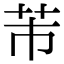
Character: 芾